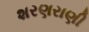
શરણરાણી